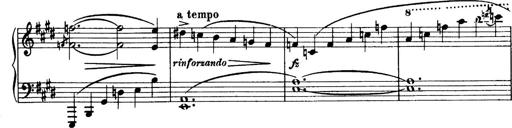
Title: 3 Sonatinas, Op.67
Composer: Jean Sibelius